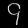
Digit: ၄